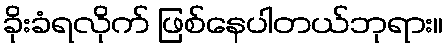
ခိုးခံရလိုက် ဖြစ်နေပါတယ်ဘုရား။